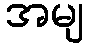
အမျ